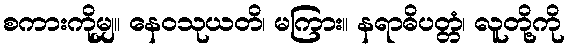
စကားကိုမျှ။ နေဝသုယတိ၊ မကြား။ နရာဓိပတ္တံ၊ လူတို့ကို